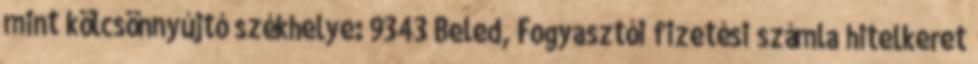
mint kölcsönnyújtó székhelye: 9343 Beled, Fogyasztói fizetési számla hitelkeret